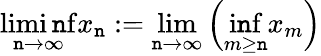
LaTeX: \operatorname*{limi\mathtt{n}f}_{\mathtt{n}\to\infty}x_{\mathtt{n}}:=\operatorname*{lim}_{\mathtt{n}\to\infty}{\Big(}\operatorname*{i\mathtt{n}f}_{m\geq\mathtt{n}}x_{m}{\Big)}